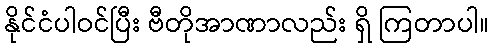
နိုင်ငံပါဝင်ပြီး ဗီတိုအာဏာလည်း ရှိ ကြတာပါ။